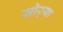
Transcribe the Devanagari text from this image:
सोर्‍या